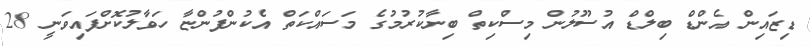
ޑިޒައިން އެންޑް ބިލްޑް އުސޫލުން މިސްކިތް ބިނާކުރުމުގެ މަސައްކަތް އެކުންފުންޏާ ހަވާލުކޮށްފައިވަނީ 28